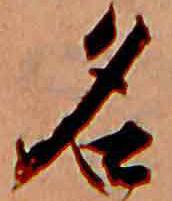
名